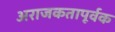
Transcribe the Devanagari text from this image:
अराजकतापूर्वक